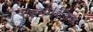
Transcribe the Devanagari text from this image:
किया।सड़क